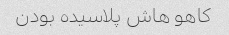
کاهو هاش پلاسیده بودن